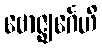
ဗောဇ္ဈင်္ဂေဟိ